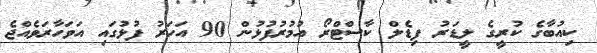
ކިއުބާގެ ކުރީގެ ލީޑަރު ފިޑެލް ކާސްޓްރޯ އުމުރުފުޅުން 90 އަހަރު ފުޅުގައި އަވަހާރަވެއްޖެ